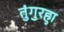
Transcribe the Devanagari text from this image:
तुंगुरहुा